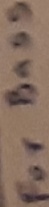
Text: For bass